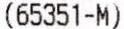
(65351-M)